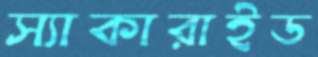
স্যাকারাইড